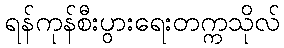
ရန်ကုန်စီးပွားရေးတက္ကသိုလ်